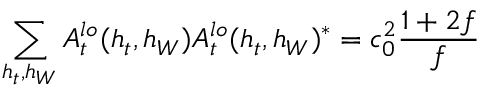
\sum _ { h _ { t } , h _ { W } } A _ { t } ^ { l o } ( h _ { t } , h _ { W } ) A _ { t } ^ { l o } ( h _ { t } , h _ { W } ) ^ { \ast } = c _ { 0 } ^ { 2 } { \frac { 1 + 2 f } { f } }